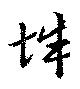
辞